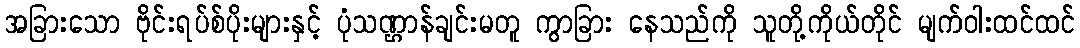
အခြားသော ဗိုင်းရပ်စ်ပိုးများနှင့် ပုံသဏ္ဌာန်ချင်းမတူ ကွာခြား နေသည်ကို သူတို့ကိုယ်တိုင် မျက်ဝါးထင်ထင်